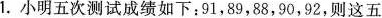
1.小明五次测试成绩如下：91，89，88，90，92，则这五